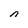
Character: n